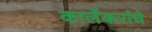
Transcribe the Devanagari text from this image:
कार्लेकरांचे